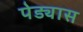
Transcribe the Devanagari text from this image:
पेड्यास